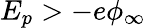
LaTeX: E_{p}>-e\phi_{\infty}